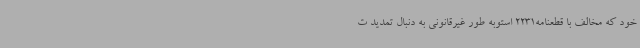
خود که مخالف با قطعنامه2231 استوبه طور غیرقانونی به دنبال تمدید ت